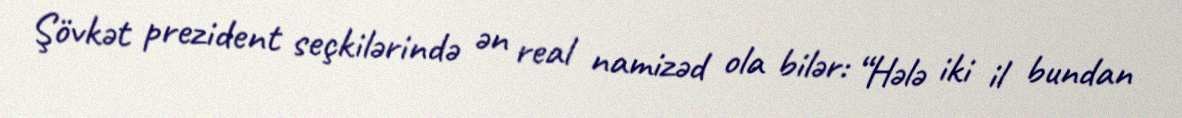
Şövkət prezident seçkilərində ən real namizəd ola bilər: “Hələ iki il bundan